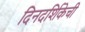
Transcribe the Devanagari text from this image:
दिनदर्शिकेची